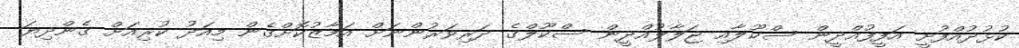
ކުޅުދުއްފުށީ އަފީފުއްދީން ސްކޫލާއި ޖަލާލުއްދީން ސްކޫލްގެ ދަރިވަރުންނަށް އަމާޒުކޮށްގެން މިއަދު ކުރިއަށް ގެންދިޔަ